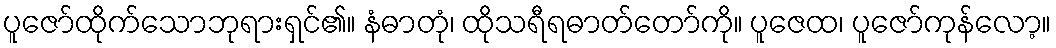
ပူဇော်ထိုက်သောဘုရားရှင်၏။ နံဓာတုံ၊ ထိုသရီရဓာတ်တော်ကို။ ပူဇေထ၊ ပူဇော်ကုန်လော့။